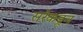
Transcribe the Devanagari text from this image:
सरेकडून